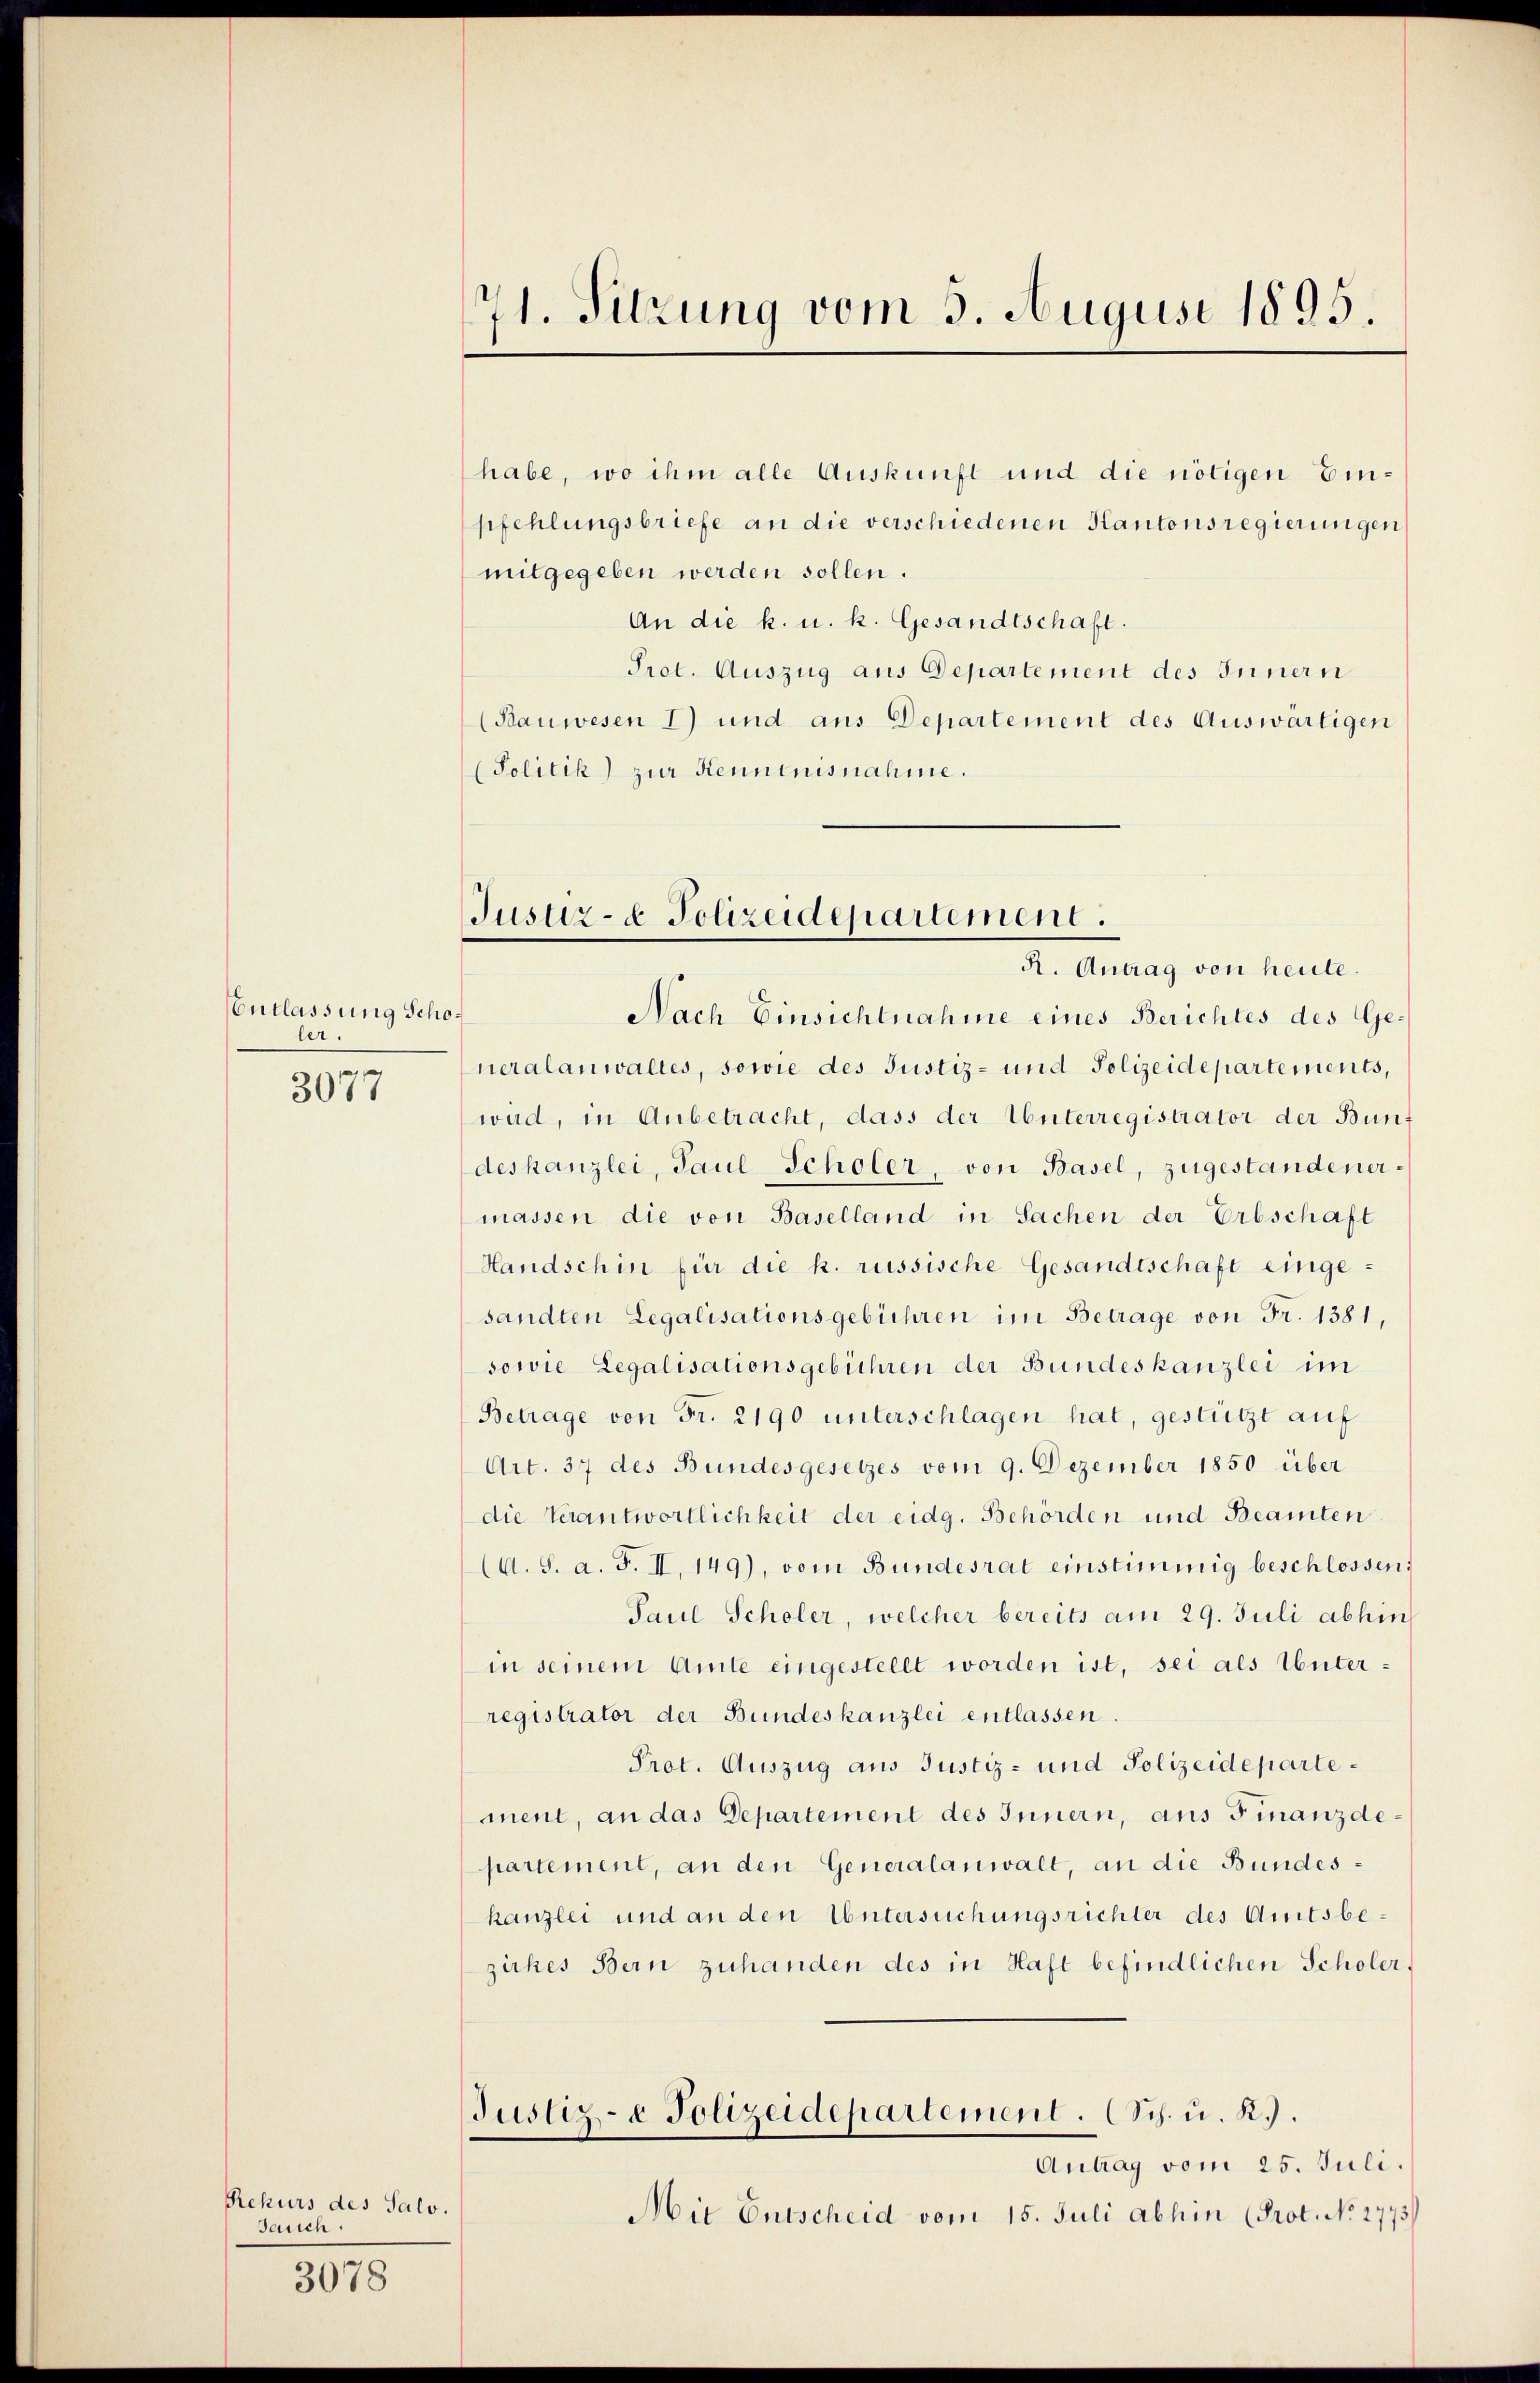
Entlassung Scholer

3077

Rekurs des Salo.
Sauich.

3078

71. Sitzung vom 3. August 1895.

habe, wo ihm alle Auskunft und die nötigen Einpfehlungsbriefe an die verschiedenen Kantonsregierungen
mitgegeben werden sollen.
An die k. u. k. Gesandtschaft.
Prot. Auszug aus Departement des Innern
(Bauwesen 1) und aus Departement des Auswärtigen
(Politik) zur Kenntnisnahme.

Nach Einsichtnahme eines Berichtes des Generalanwaltes, sowie des Justiz- und Polizeidepartements,
wad, in Anbetracht, dass der Unterregistrator der Bunt
deskanzlei, Paul Scholer, von Basel, zugestandenermassen die von Baselland in Sachen der Erbschaft
Handschin für die k. russische Gesandtschaft eingesandten Legalisationsgebühren im Betrage von Fr. 1381,
sowie Legalisationsgebühren der Bundeskanzlei im
Betrage von Fr. 2190 unterschlagen hat, gestützt auf
Art. 37 des Bundesgesetzes vom 9. Dezember 1850 über
die Verantwortlichkeit der eidg. Behörden und Beamten
(A. S. a. F. II, 149), vom Bundesrat einstimmig beschlossen:
Paul Scholer, welcher bereits am 29. Juli abhin
in seinem Amte eingestellt worden ist, sei als Unterregistrator der Bundeskanzlei entlassen.
Prot. Auszug aus Justiz- und Polizeidepartement, an das Departement des Innern, aus Finanzdepartement, an den Generalanwalt, an die Bundeskanzlei und an den Untersuchungsrichter des Amtsbeziches Bern zuhanden des in Haft befindlichen Scholer,
Justiz- & Polizeidepartement. (Sch. u. R.).
Antrag vom 25. Juli.
Mit Entscheid vom 15. Juli abhin (Prot. No 2773)

Justiz- & Polizeidepartement.
R. Antrag von heute.